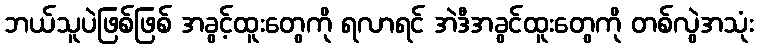
ဘယ်သူပဲဖြစ်ဖြစ် အခွင့်ထူးတွေကို ရလာရင် အဲဒီအခွင်ထူးတွေကို တစ်လွဲအသုံး